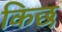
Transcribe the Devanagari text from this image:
किछ